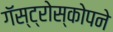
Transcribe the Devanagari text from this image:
गॅस्ट्रोस्कोपने